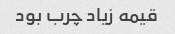
قیمه زیاد چرب بود